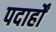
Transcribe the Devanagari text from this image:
पदार्हों